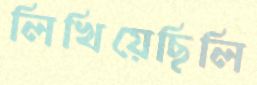
লিখিয়েছিলি